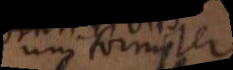
uniformiter